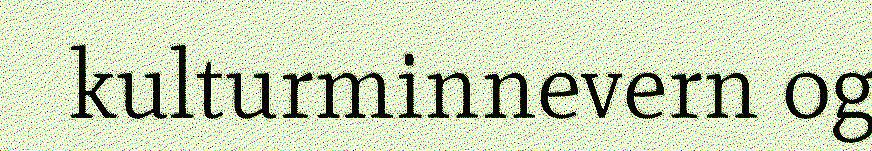
kulturminnevern og